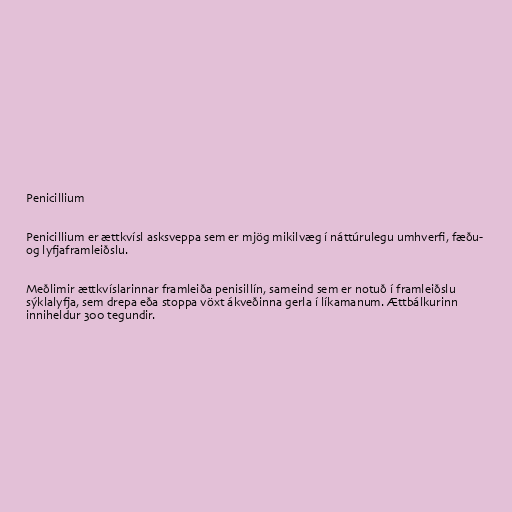
Penicillium

Penicillium er ættkvísl asksveppa sem er mjög mikilvæg í náttúrulegu umhverfi, fæðu-
og lyfjaframleiðslu.

Meðlimir ættkvíslarinnar framleiða penisillín, sameind sem er notuð í framleiðslu
sýklalyfja, sem drepa eða stoppa vöxt ákveðinna gerla í líkamanum. Ættbálkurinn
inniheldur 300 tegundir.